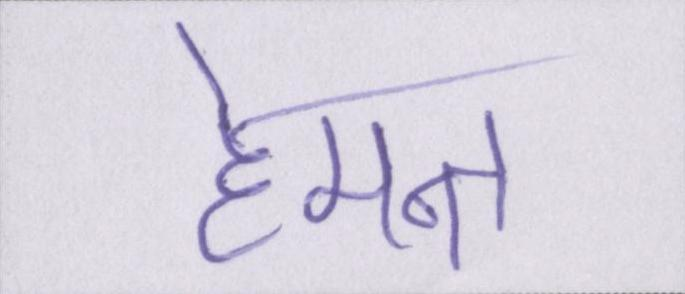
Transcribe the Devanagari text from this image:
हेमन्त